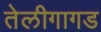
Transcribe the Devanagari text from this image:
तेलीगागड